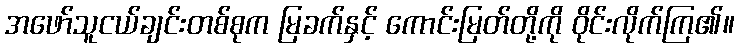
အဖော်သူငယ်ချင်းတစ်စုက မြခက်နှင့် ကောင်းမြတ်တို့ကို ဝိုင်းလိုက်ကြ၏။